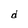
Character: d